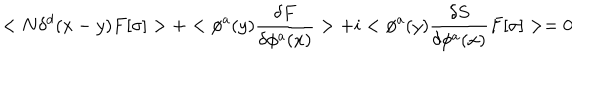
< N \delta ^ { d } ( x - y ) F [ \sigma ] > + < \phi ^ { a } ( y ) { \frac { \delta F } { \delta \phi ^ { a } ( x ) } } > + i < \phi ^ { a } ( y ) { \frac { \delta S } { \delta \phi ^ { a } ( x ) } } F [ \sigma ] > = 0